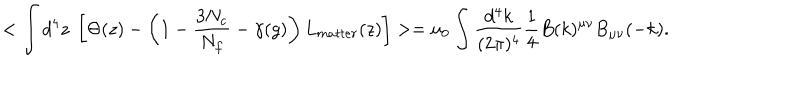
LaTeX: < \int d ^ { 4 } z ~ \left[ \Theta ( z ) - \left( 1 - { \frac { 3 N _ { c } } { N _ { f } } } - \gamma ( g ) \right) L _ { m a t t e r } ( z ) \right] > = u _ { 0 } \int \frac { d ^ { 4 } k } { ( 2 \pi ) ^ { 4 } } \frac { 1 } { 4 } B ( k ) ^ { \mu \nu } { B } _ { \mu \nu } ( - k ) .